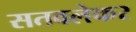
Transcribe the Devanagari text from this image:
सतवलेकर